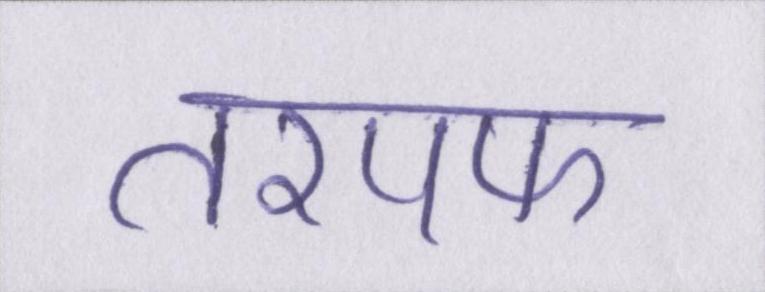
तरपफ